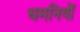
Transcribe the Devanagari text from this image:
धमनियोँ